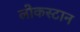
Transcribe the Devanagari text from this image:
लोकस्टान